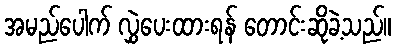
အမည်ပေါက် လွှဲပေးထားရန် တောင်းဆိုခဲ့သည်။